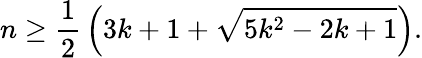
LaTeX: n\geq{\frac{1}{2}}\left(3k+1+{\sqrt{5k^{2}-2k+1}}\right).